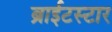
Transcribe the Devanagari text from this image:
ब्राईटस्टार